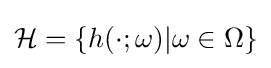
{\mathcal {H}}=\{h(\cdot ;\omega )|\omega \in \Omega \}